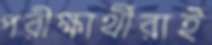
পরীক্ষার্থীরাই